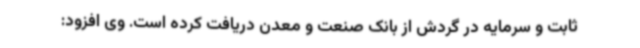
ثابت و سرمایه در گردش از بانک صنعت و معدن دریافت کرده است. وی افزود: